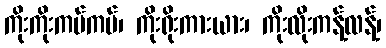
ကိုးကိုးကပ်ကပ်၊ ကိုးရိုးကားယား၊ ကိုးလိုးကန့်လန့်၊